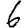
Digit: 6